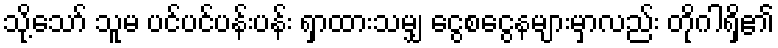
သို့သော် သူမ ပင်ပင်ပန်းပန်း ရှာထားသမျှ ငွေစငွေနများမှာလည်း တိုဂါရှိ၏